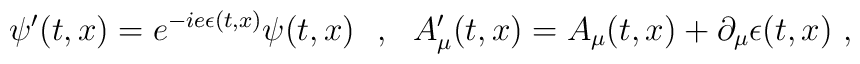
\psi'(t,x)=e^{-ie\epsilon(t,x)}\psi(t,x)\ \ ,\ \ A'_\mu(t,x)=A_\mu(t,x)+\partial_\mu\epsilon(t,x)\ ,